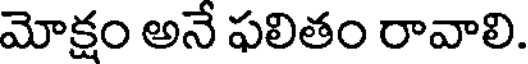
మోక్షం అనే ఫలితం రావాలి.